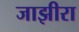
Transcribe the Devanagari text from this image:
जाझीरा